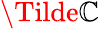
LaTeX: \Tilde{\mathbb{C}}